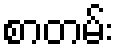
စာတမ်း